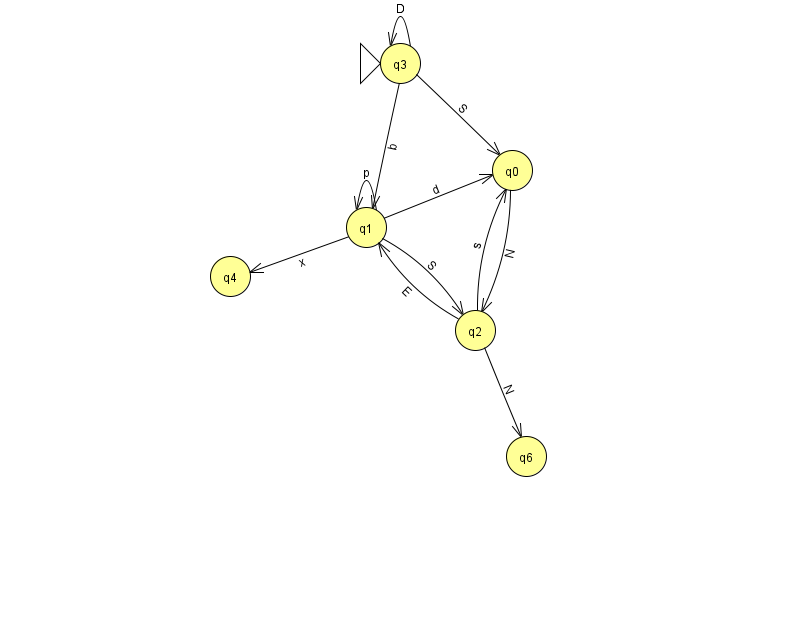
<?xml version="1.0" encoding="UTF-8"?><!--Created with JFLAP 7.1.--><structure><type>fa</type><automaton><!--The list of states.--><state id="0" name="q0"><x>512.0</x><y>157.0</y></state><state id="1" name="q1"><x>366.0</x><y>214.0</y></state><state id="2" name="q2"><x>475.0</x><y>317.0</y></state><state id="3" name="q3"><x>400.0</x><y>50.0</y><initial/></state><state id="4" name="q4"><x>230.0</x><y>263.0</y></state><state id="6" name="q6"><x>526.0</x><y>443.0</y></state><!--The list of transitions.--><transition><from>1</from><to>1</to><read>p</read></transition><transition><from>3</from><to>0</to><read>S</read></transition><transition><from>2</from><to>0</to><read>s</read></transition><transition><from>3</from><to>3</to><read>D</read></transition><transition><from>1</from><to>0</to><read>d</read></transition><transition><from>1</from><to>2</to><read>S</read></transition><transition><from>0</from><to>2</to><read>N</read></transition><transition><from>1</from><to>4</to><read>x</read></transition><transition><from>3</from><to>1</to><read>b</read></transition><transition><from>2</from><to>1</to><read>E</read></transition><transition><from>2</from><to>6</to><read>N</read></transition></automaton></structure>